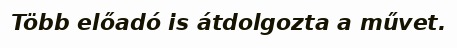
Több előadó is átdolgozta a művet.